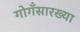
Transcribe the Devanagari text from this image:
गोगँसारख्या